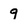
Character: 9